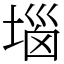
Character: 堖